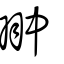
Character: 翀